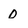
Character: 0